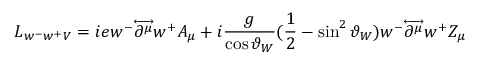
{ \cal { L } } _ { w ^ { - } w ^ { + } V } = i e w ^ { - } { \overleftrightarrow { \partial ^ { \mu } } } w ^ { + } A _ { \mu } + i \frac { g } { \cos \vartheta _ { W } } ( \frac { 1 } { 2 } - \sin ^ { 2 } \vartheta _ { W } ) w ^ { - } { \overleftrightarrow { \partial ^ { \mu } } } w ^ { + } Z _ { \mu }